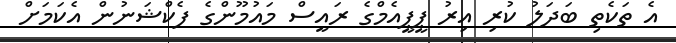
އެ ތަކެތި ބަދަލު ކުރި އިރު ޕީޕީއެމްގެ ރައީސް މައުމޫންގެ ފެކްޝަނުން އެކަމަށް